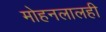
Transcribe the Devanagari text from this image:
मोहनलालही